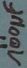
Text: 100µF